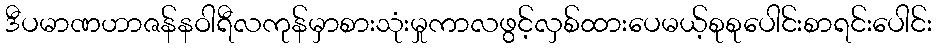
ဒီပမာဏဟာဇန်နဝါရီလကုန်မှာစားသုံးမှုကာလဖွင့်လှစ်ထားပေမယ့်စုစုပေါင်းစာရင်းပေါင်း